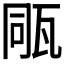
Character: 𤭁